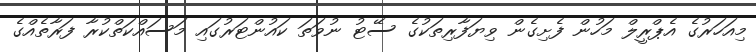
މިއަހަރުގެ އެޕްރީލް މަހުން ފެށިގެން ވިޔަފާރިތަކުގެ ސޭޓު ނުވަތަ ކައުންޓަރުގައި މަސައްކަތްކުރާ ފަރާތެއްގެ